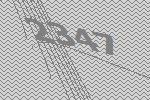
2347